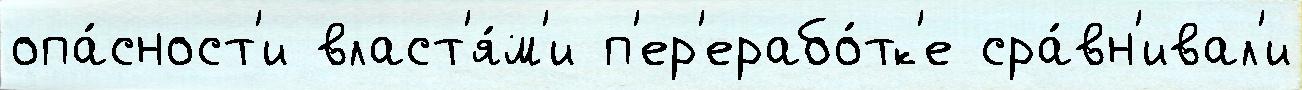
опа́сност'и власт'я́м'и п'ер'ерабо́тк'е сра́вн'ивал'и